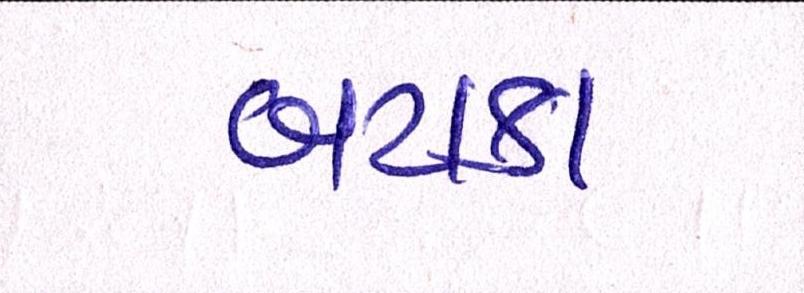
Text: બટાકા